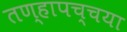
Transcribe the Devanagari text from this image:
तण्हापच्चया